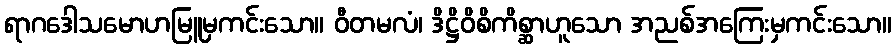
ရာဂဒေါသမောဟမြူမှကင်းသော။ ဝီတမလံ၊ ဒိဋ္ဌိဝိစိကိစ္ဆာဟူသော အညစ်အကြေးမှကင်းသော။